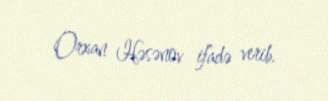
Orxan Həsənov ifadə verib.